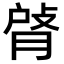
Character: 𦜹